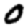
Digit: 0